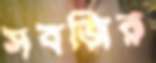
সবজির